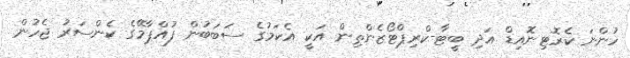
ހުންނަ ކެރޮޓިނޮއިޑް އަދި ބީޓާ-ކްރިޕްޓޯޒެންތިން އަކީ އެކަމުގެ ސަބަބުން ފުއްޕާމޭގެ ކެންސަރު ޖެހުން